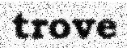
trove